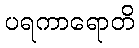
ပရကာရောတိ